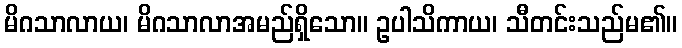
မိဂသာလာယ၊ မိဂသာလာအမည်ရှိသော။ ဥပါသိကာယ၊ သီတင်းသည်မ၏။